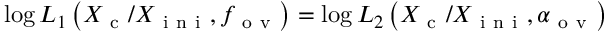
\log L _ { 1 } \left( X _ { \mathrm { ~ c ~ } } / X _ { \mathrm { ~ i ~ n ~ i ~ } } , f _ { \mathrm { ~ o ~ v ~ } } \right) = \log L _ { 2 } \left( X _ { \mathrm { ~ c ~ } } / X _ { \mathrm { ~ i ~ n ~ i ~ } } , \alpha _ { \mathrm { ~ o ~ v ~ } } \right)